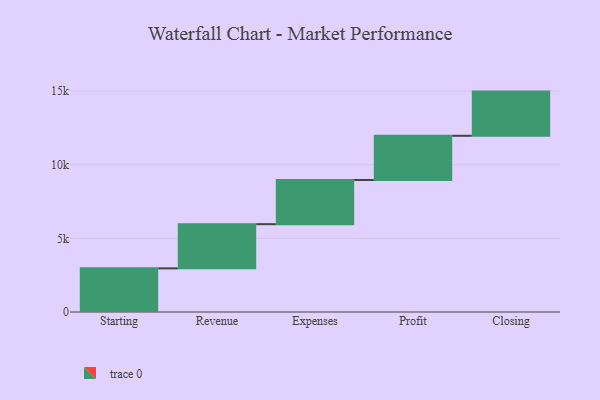
{"axis": {"x": "Step", "y": "Value"}, "legend": [""], "data": [{"x": "Starting", "y": 2963.0, "type": ""}, {"x": "Revenue", "y": 3000, "type": ""}, {"x": "Expenses", "y": 3000, "type": ""}, {"x": "Profit", "y": 3000, "type": ""}, {"x": "Closing", "y": 3000, "type": ""}]}